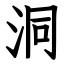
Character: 洞